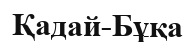
Қадай-Бұқа